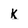
Character: K